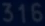
316